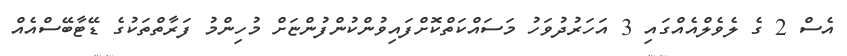
އެސް 2 ގެ ލެވެލްއެއްގައި 3 އަހަރުދުވަހު މަސައްކަތްކޮށްފައިވުންކުންފުންޏަށް މުހިންމު ފަރާތްތަކުގެ ޑޭޓާބޭސްއެއް